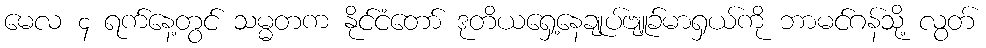
မေလ ၄ ရက်နေ့တွင် သမ္မတက နိုင်ငံတော် ဒုတိယရှေ့နေချုပ်ဗျူခ်မာရှယ်ကို ဘာမင်ဂန်သို့ လွတ်